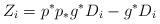
LaTeX: \begin{align*}Z_{i}=p^{*}{p}_{*}g^{*}D_{i}-g^{*}D_{i}\end{align*}